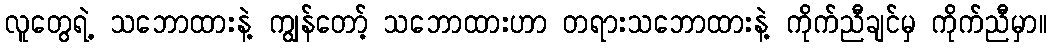
လူတွေရဲ့ သဘောထားနဲ့ ကျွန်တော့် သဘောထားဟာ တရားသဘောထားနဲ့ ကိုက်ညီချင်မှ ကိုက်ညီမှာ။